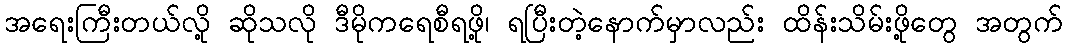
အရေးကြီးတယ်လို့ ဆိုသလို ဒီမိုကရေစီရဖို့၊ ရပြီးတဲ့နောက်မှာလည်း ထိန်းသိမ်းဖို့တွေ အတွက်